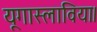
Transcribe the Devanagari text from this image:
यूगास्लाविया।